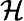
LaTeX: \mathcal{H}